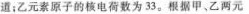
道；乙元素原子的核电荷数为33。根据甲、乙两元